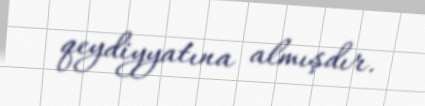
qeydiyyatına almışdır.